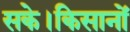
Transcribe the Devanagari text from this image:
सके।किसानों